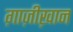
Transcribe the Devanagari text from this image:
ग़ाज़ीख़ान